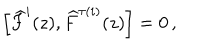
LaTeX: \left[ \widehat { F } ^ { i } ( z ) , \widehat { F } ^ { \tau ( i ) } ( z ) \right] = 0 \, ,